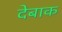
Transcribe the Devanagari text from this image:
देबाक